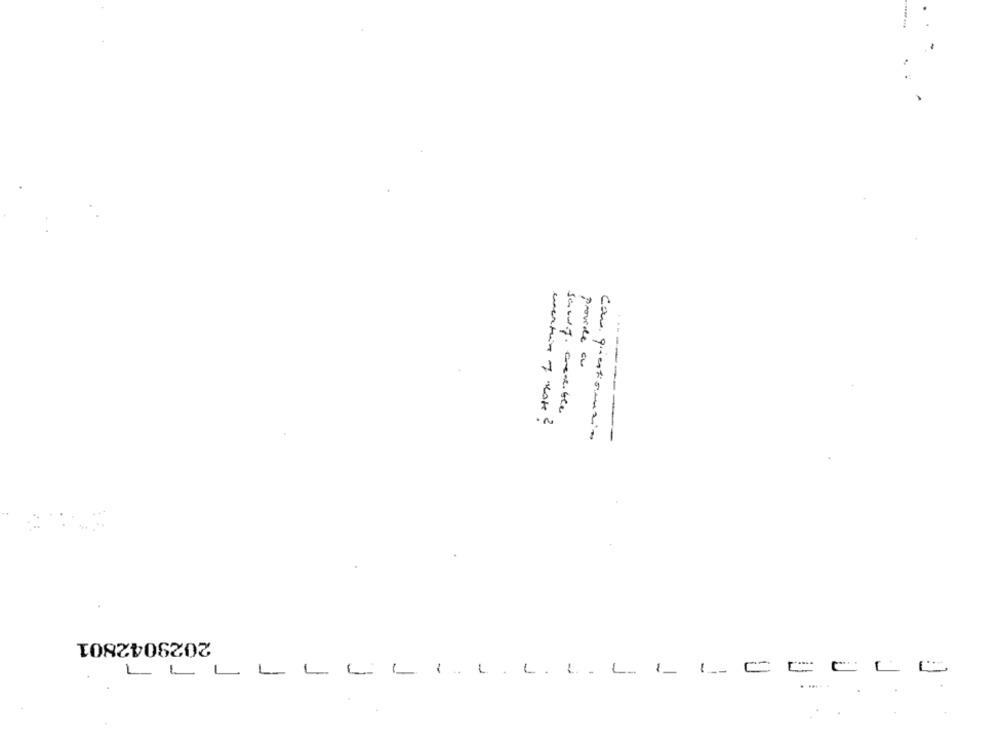
provide ou
Janej. credible
------
con questionsin
2029042801
LL
L
L-
LCLI.L. L. L. L.L L-
=
CL 6
. .....